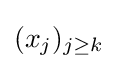
(x_{j})_{j\geq k}